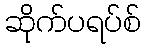
ဆိုက်ပရပ်စ်